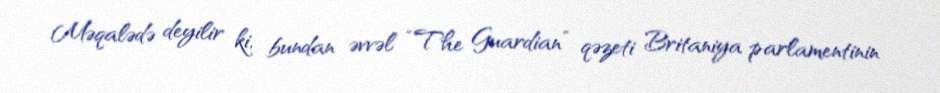
Məqalədə deyilir ki, bundan əvvəl “The Guardian” qəzeti Britaniya parlamentinin